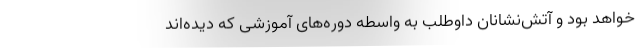
خواهد بود و آتش‌نشانان داوطلب به واسطه دوره‌های آموزشی که دیده‌اند